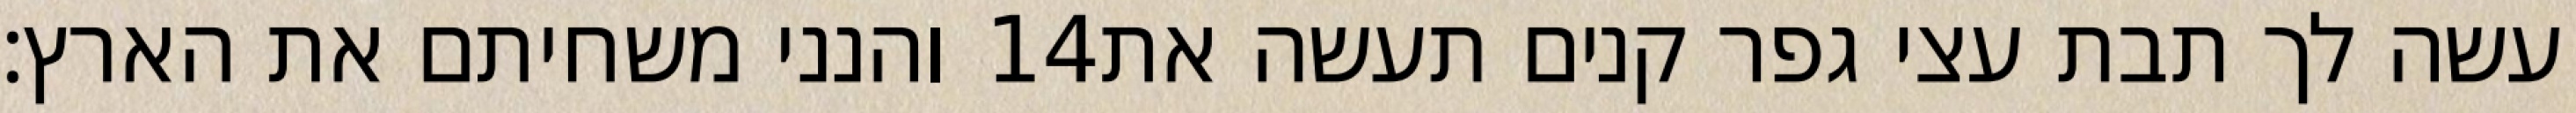
והנני משחיתם את הארץ׃ ‎14‏ עשה לך תבת עצי גפר קנים תעשה את